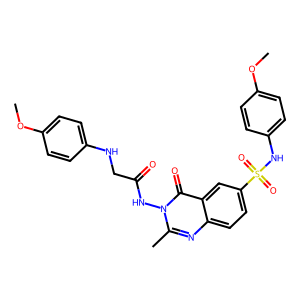
SMILES: COc1ccc(NCC(=O)Nn2c(C)nc3ccc(S(=O)(=O)Nc4ccc(OC)cc4)cc3c2=O)cc1
Inhibits HIV replication: No